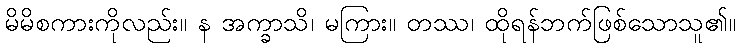
မိမိစကားကိုလည်း။ န အက္ခာသိ၊ မကြား။ တဿ၊ ထိုရန်ဘက်ဖြစ်သောသူ၏။